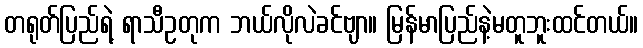
တရုတ်ပြည်ရဲ့ ရာသီဥတုက ဘယ်လိုလဲခင်ဗျာ။ မြန်မာပြည်နဲ့မတူဘူးထင်တယ်။